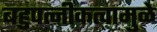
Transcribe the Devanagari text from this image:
बहुपत्‍नीकत्वामुळे